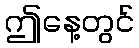
ဤနေ့တွင်